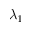
\lambda _ { 1 }